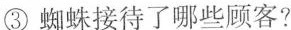
③ 蜘蛛接待了哪些顾客?